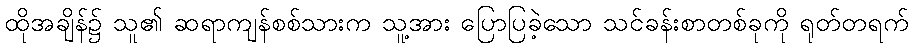
ထိုအချိန်၌ သူ၏ ဆရာကျန်စစ်သားက သူ့အား ပြောပြခဲ့သော သင်ခန်းစာတစ်ခုကို ရုတ်တရက်